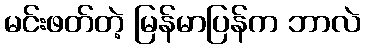
မင်းဖတ်တဲ့ မြန်မာပြန်က ဘာလဲ